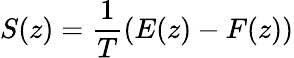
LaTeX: S(z)=\frac{1}{T}\left(E(z)-F(z)\right)